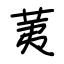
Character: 荑